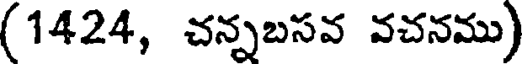
(1424, చన్నబసవ వచనము)